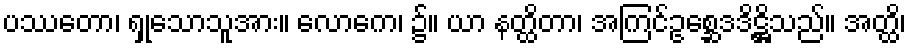
ပဿတော၊ ရှုသောသူအား။ လောကေ၊ ၌။ ယာ နတ္ထိတာ၊ အကြင်ဥစ္ဆေဒဒိဋ္ဌိသည်။ အတ္ထိ၊